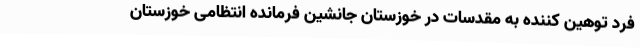
فرد توهین کننده به مقدسات در خوزستان جانشین فرمانده انتظامی خوزستان